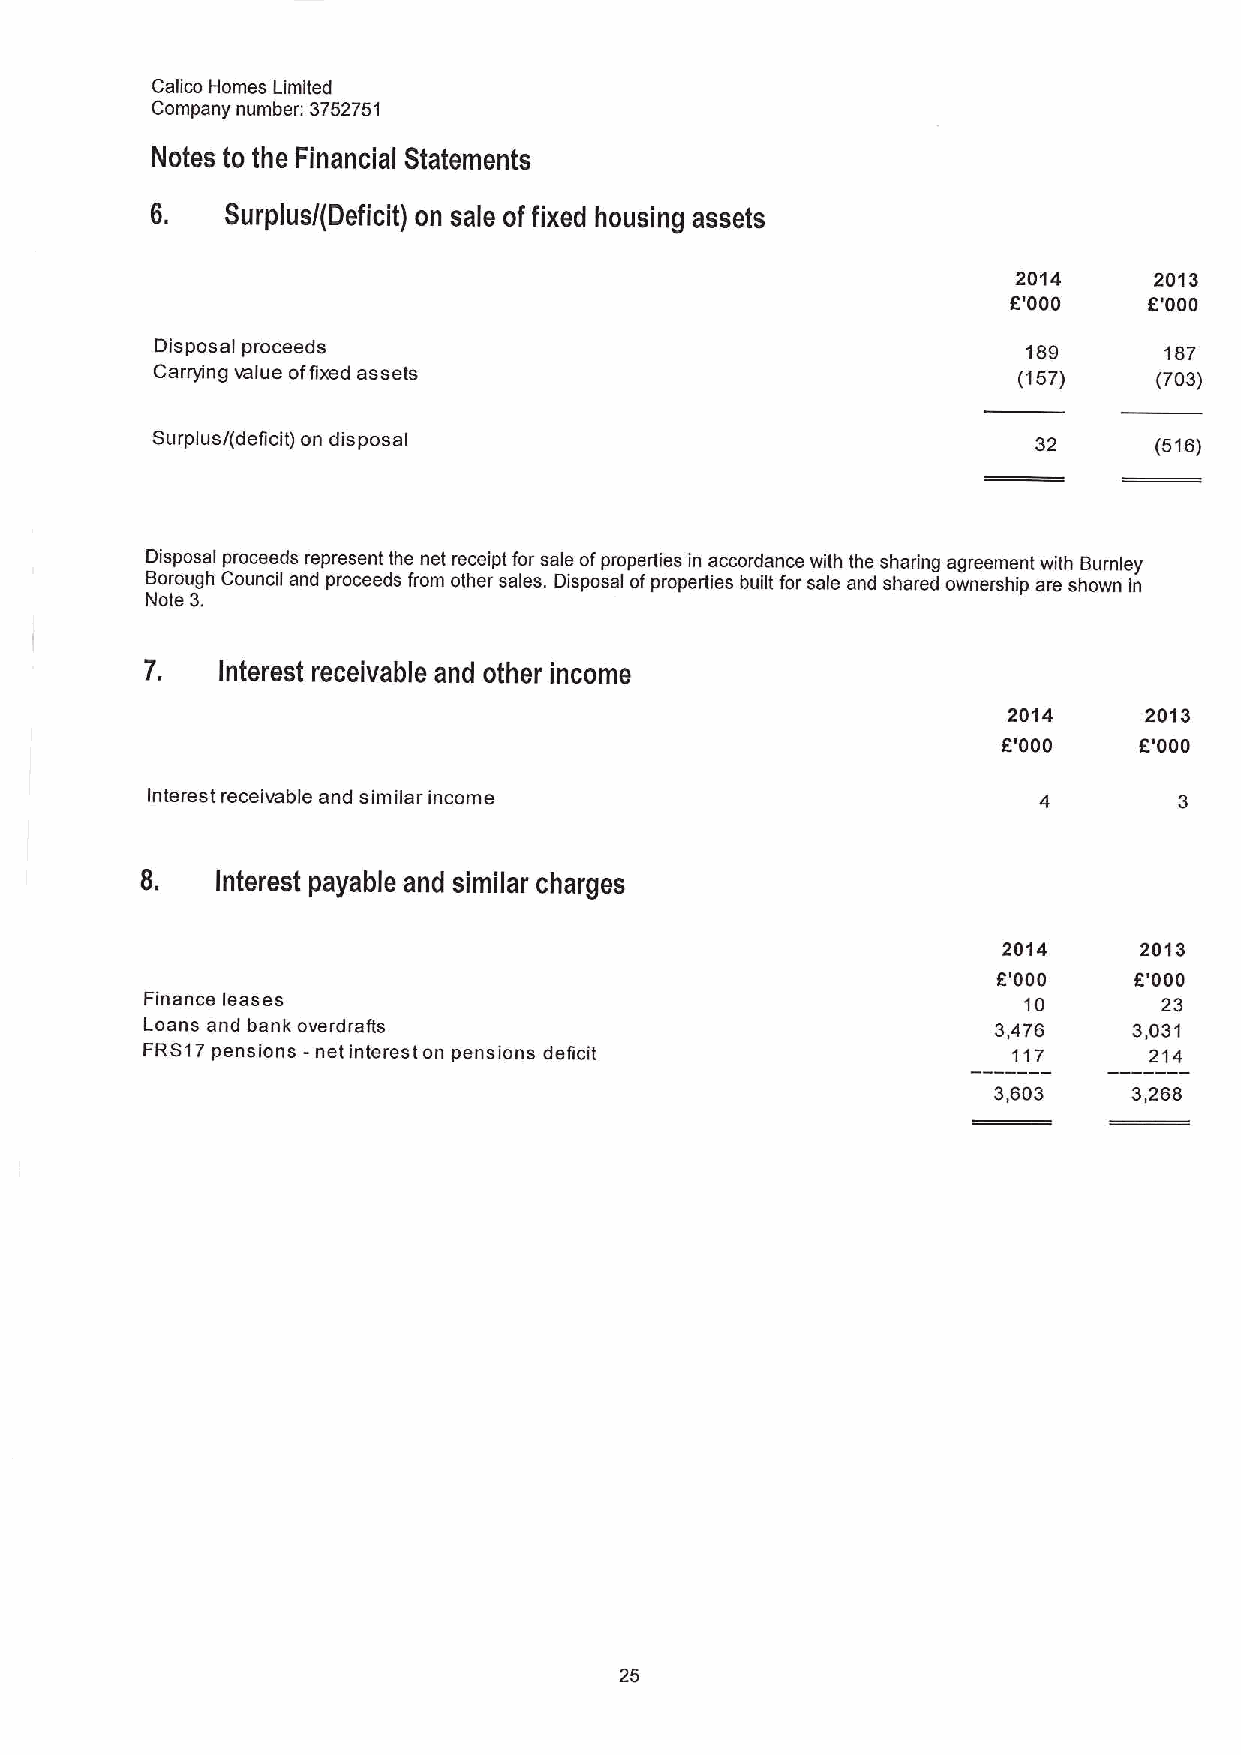
Calico Homes Limited
 Company number: 3752751
 Notes to the Financial Statements
 6.   Surplusl(Deficit) on sale offixed housing assets
 2014     2013
 6'000    6'000
 Disposal proceeds                                         189      187
 Carrying value offixed assets                            (157)     (703)
 Surplus/(deficit) on disposal                              32     (516)
 Disposal proceeds represent the net receipt for sale ofproperties in accordance with the sharing agreement with Burnley
 Borough Council and proceeds from other sales. Disposal ofproperties built for sale and shared ownership are shown in
 Note 3.
 7.  Interest receivable and other income
 2014     2013
 6'000    F'000
 Interest receivable and similar income
 8.   Interest payable and similar charges
 2014     2013
 8'000    6'000
 Finance leases                                            10       23
 Loans and bank overdraRs                                3,476    3,031
 FRS17pensions -net intereston pensions deficit            117      214
 3,603    3,268
 25